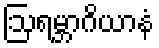
ဩရမ္ဘာဂိယာနံ